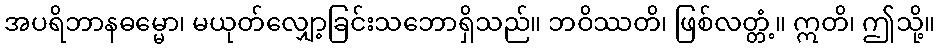
အပရိဘာနဓမ္မော၊ မယုတ်လျှော့ခြင်းသဘောရှိသည်။ ဘဝိဿတိ၊ ဖြစ်လတ္တံ့။ ဣတိ၊ ဤသို့။